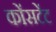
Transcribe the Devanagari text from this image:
कोंसटेंट